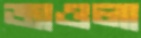
জাওলা